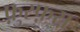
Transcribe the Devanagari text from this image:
फ़ुस्फ़स